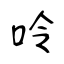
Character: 呤